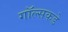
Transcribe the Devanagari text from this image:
गॉल्सकडे